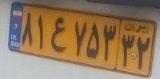
۸۱ع۷۵۳۳۲